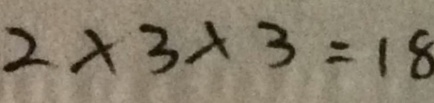
2 \times 3 \times 3 = 1 8